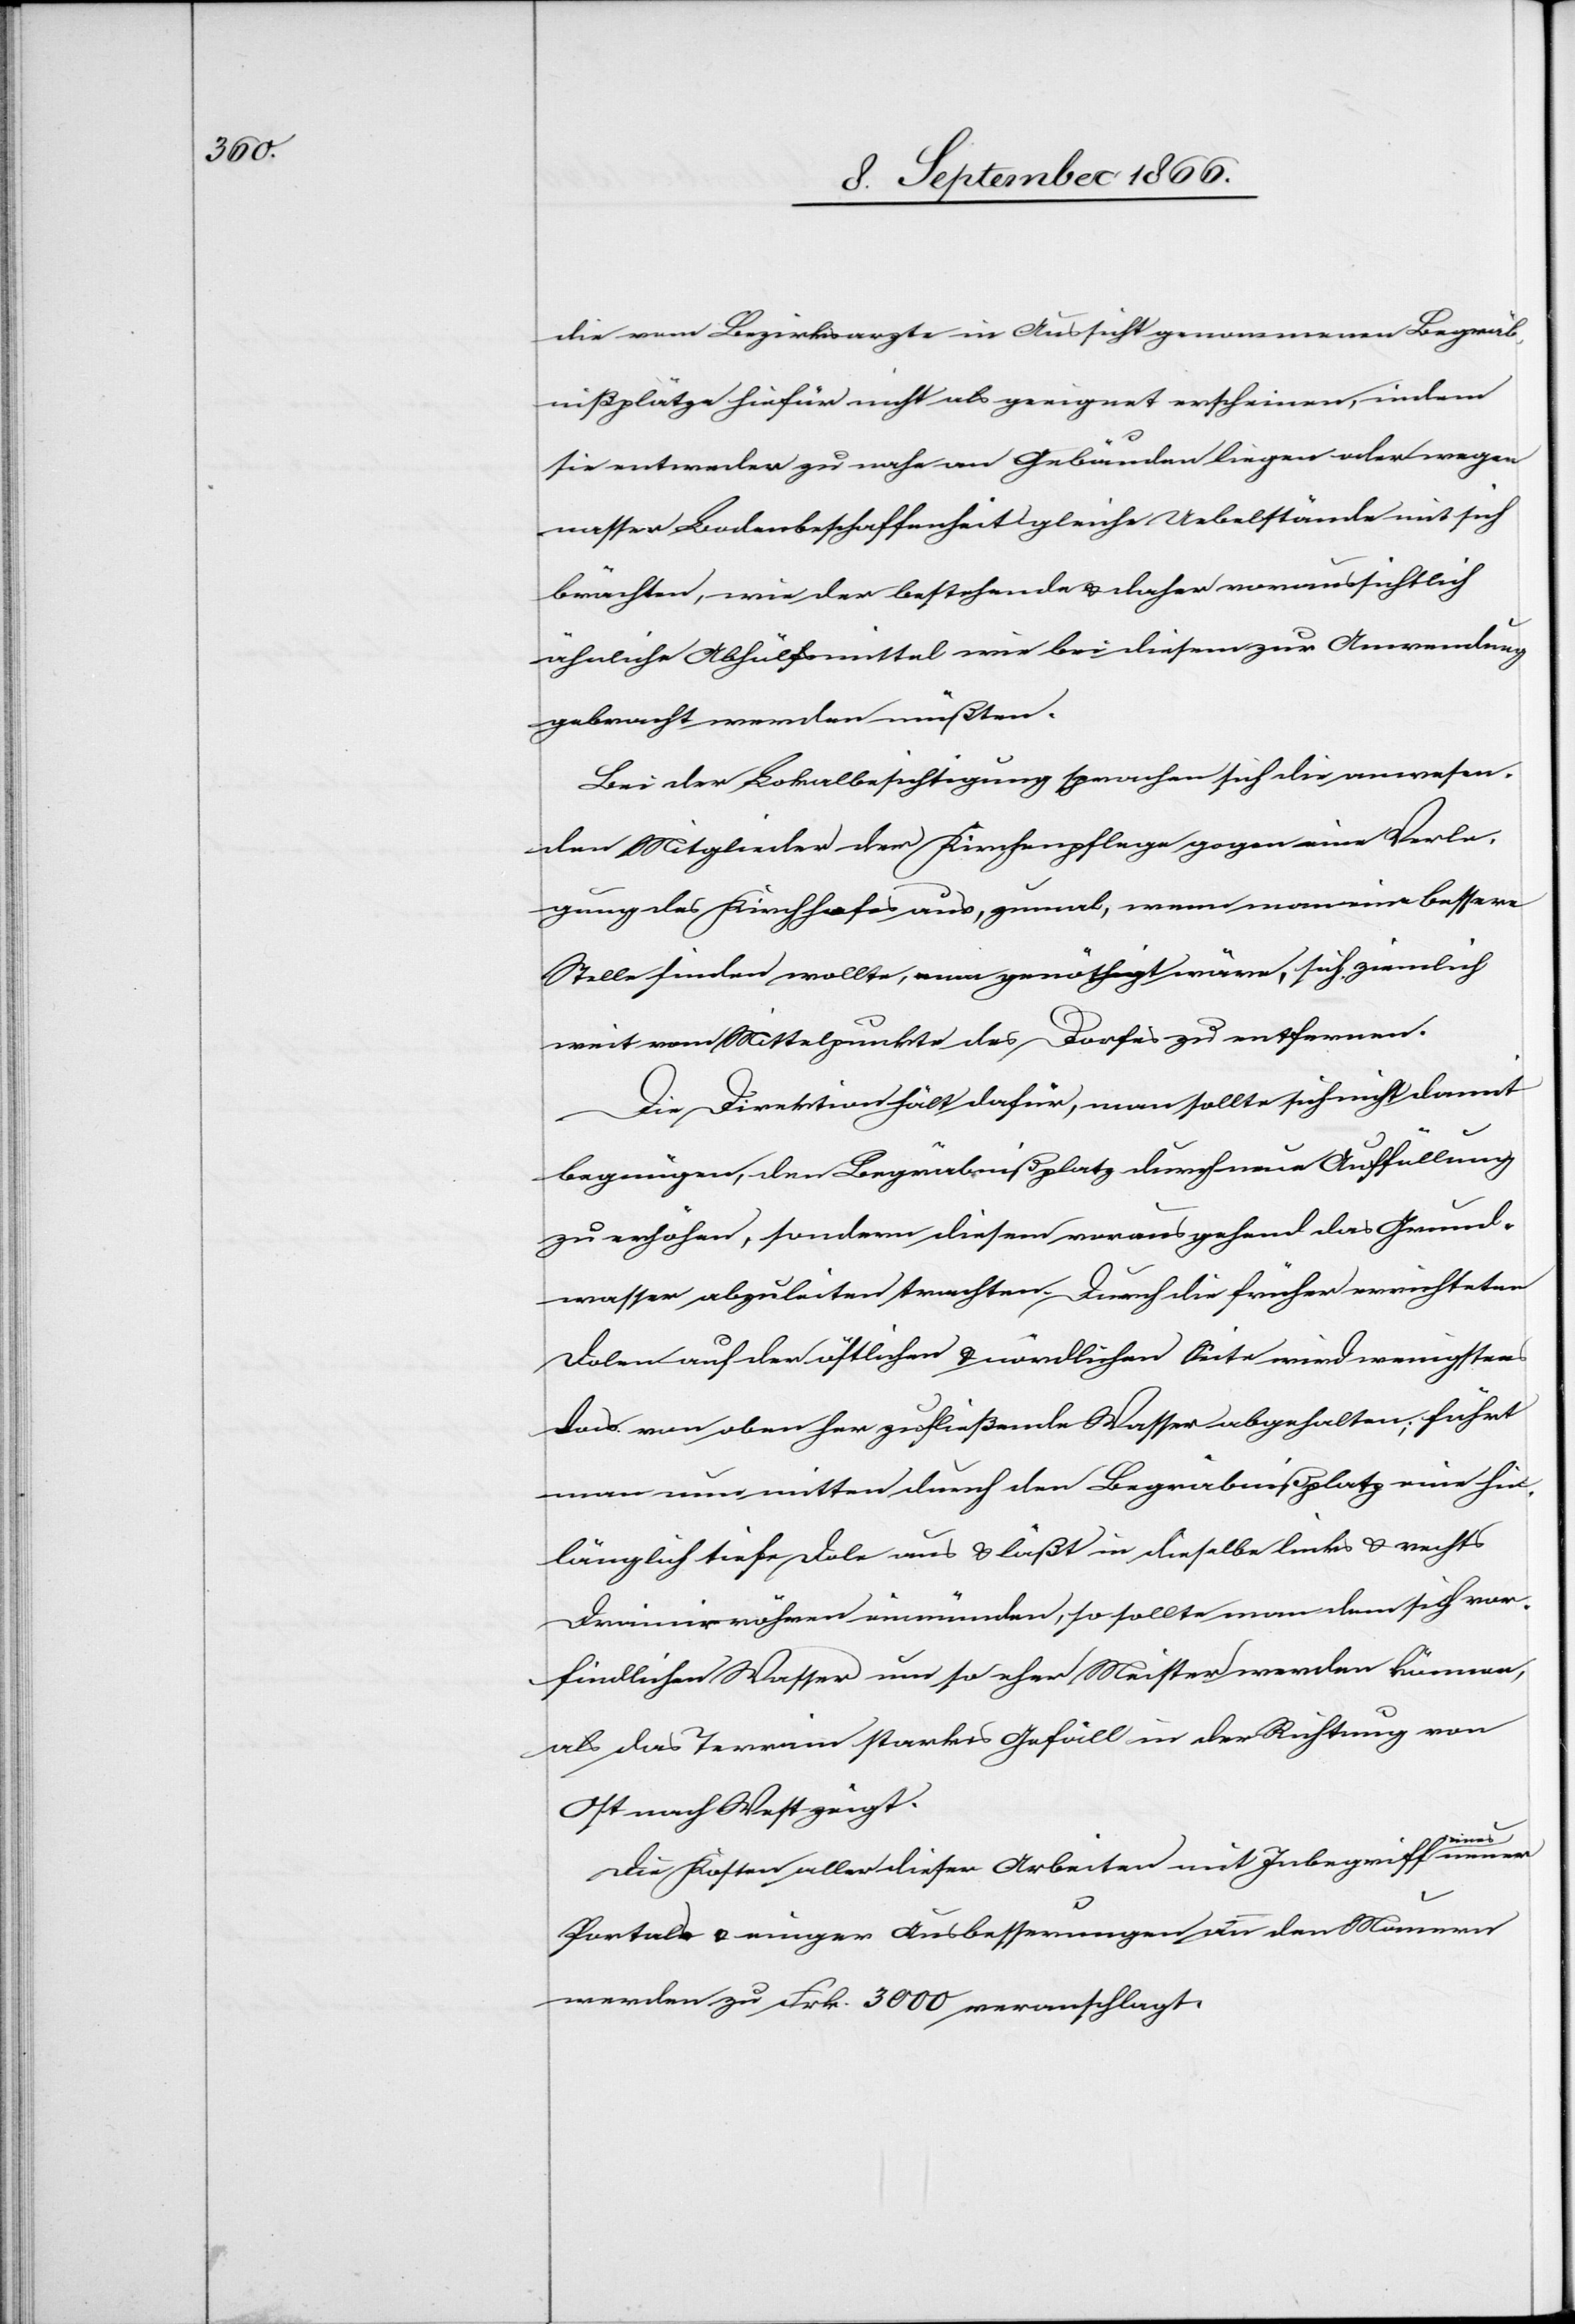
die vom Bezirksarzte in Aussicht genommenen Begräb¬
nißplätze hiefür nicht geeignet erscheinen, indem
sie entweder zu nach an Gebäuden liegen oder wegen
nasser Bodenbeschaffenheit gleiche Uebelstände mit sich
brächten, wie der bestehende u. daher voraussichtlich
ähnliche Abhülfsmittel wie bei diesem zur Anwendung
gebracht werden müßten.
Bei der Lokalbesichtigung sprachen sich die anwesen¬
den Mitglieder der Kirchenpflege gegen eine Verle¬
gung des Kirchhofes aus, zumal, wenn man eine bessere
Stelle finden wollte, man genöthigt wäre, sich ziemlich
weit vom Mittelpunkte des Dorfes zu entfernen.
Die Direktion hält dafür, man sollte sich nicht damit
begnügen, den Begräbnißplatz durch neue Auffüllung
zu erhöhen, sondern diesen vorausgehend das Grund¬
wasser abzuleiten trachten. Durch die früher errichteten
Dolen auf der östlichen u. nördlichen Seite wird wenigstens
das von oben her zufließende Wasser abgehalten; führt
man nun mitten durch den Begräbnißplatz eine hin¬
länglich tiefe Dole aus u. läßt in dieselbe links u. rechts
Drainirröhren einmünden, so sollte man dem sich vor¬
findlichen Wasser um so eher Meister werden können,
als das Terrain starkes Gefäll in der Richtung von
Ost nach West zeigt.
Die Kosten aller dieser Arbeiten mit Inbegriff eines
Portales u. einiger Ausbesserungen an den Mauern
werden zu Frk. 3000 veranschlagt.